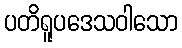
ပတိရူပဒေသဝါသော